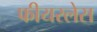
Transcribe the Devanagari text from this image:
फीयरलेस